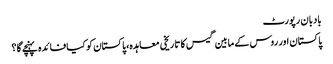
بادبان رپورٹ
پاکستان اور روس کے مابین گیس کا تاریخی معاہدہ، پاکستان کو کیا فائدہ پہنچے گا؟